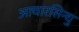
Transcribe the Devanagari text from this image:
आचारसिन्धु